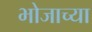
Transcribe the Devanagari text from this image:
भोजाच्या